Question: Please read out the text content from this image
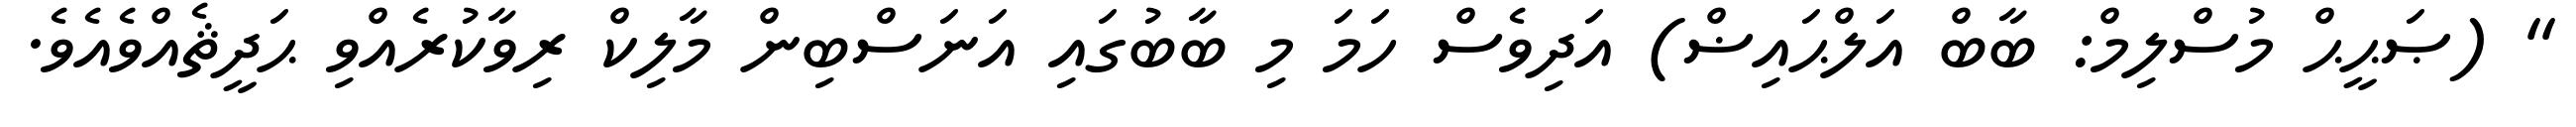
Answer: '' (ޞަޙީޙް މުސްލިމް: ބާބް އަލްޙައިޟް) އަދިވެސް ހަމަ މި ބާބުގައި އަނަސްބިން މާލިކް ރިވާކުރެއްވި ޙަދީޘެއްވެއެވެ.